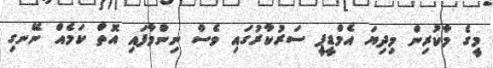
މީގެ މާކުރިން މިދިޔަ އެމްޑީޕީ ސަރުކާރުގައި ވެސް ނިންމާފައި އޮތް ކަމެއް ނޭނގި